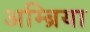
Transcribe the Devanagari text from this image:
अम्ब्रिया